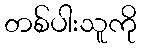
တစ်ပါးသူကို